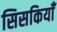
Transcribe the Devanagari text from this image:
सिसकियाँ